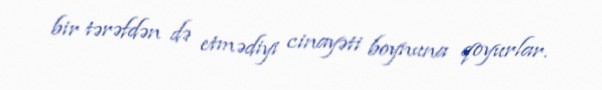
bir tərəfdən də etmədiyi cinayəti boynuna qoyurlar.